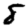
Digit: 8